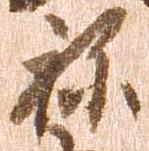
祢